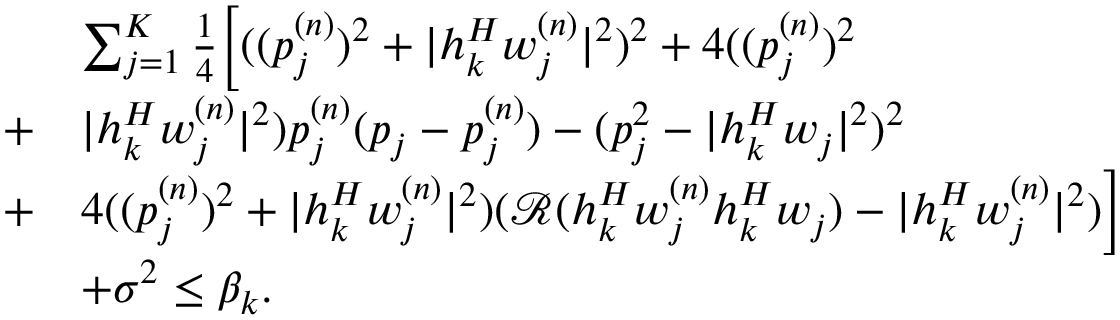
\begin{array} { r l } & { \sum _ { j = 1 } ^ { K } \frac 1 4 \bigg [ ( ( p _ { j } ^ { ( n ) } ) ^ { 2 } + | \boldsymbol h _ { k } ^ { H } \boldsymbol w _ { j } ^ { ( n ) } | ^ { 2 } ) ^ { 2 } + 4 ( ( p _ { j } ^ { ( n ) } ) ^ { 2 } } \\ { + } & { | \boldsymbol h _ { k } ^ { H } \boldsymbol w _ { j } ^ { ( n ) } | ^ { 2 } ) p _ { j } ^ { ( n ) } ( p _ { j } - p _ { j } ^ { ( n ) } ) - ( p _ { j } ^ { 2 } - | \boldsymbol h _ { k } ^ { H } \boldsymbol w _ { j } | ^ { 2 } ) ^ { 2 } } \\ { + } & { 4 ( ( p _ { j } ^ { ( n ) } ) ^ { 2 } + | \boldsymbol h _ { k } ^ { H } \boldsymbol w _ { j } ^ { ( n ) } | ^ { 2 } ) ( \mathcal R ( \boldsymbol h _ { k } ^ { H } \boldsymbol w _ { j } ^ { ( n ) } \boldsymbol h _ { k } ^ { H } \boldsymbol w _ { j } ) - | \boldsymbol h _ { k } ^ { H } \boldsymbol w _ { j } ^ { ( n ) } | ^ { 2 } ) \bigg ] } \\ & { + { \sigma ^ { 2 } } \leq { \beta _ { k } } . } \end{array}